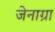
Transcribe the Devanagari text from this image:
जेनाग्रा